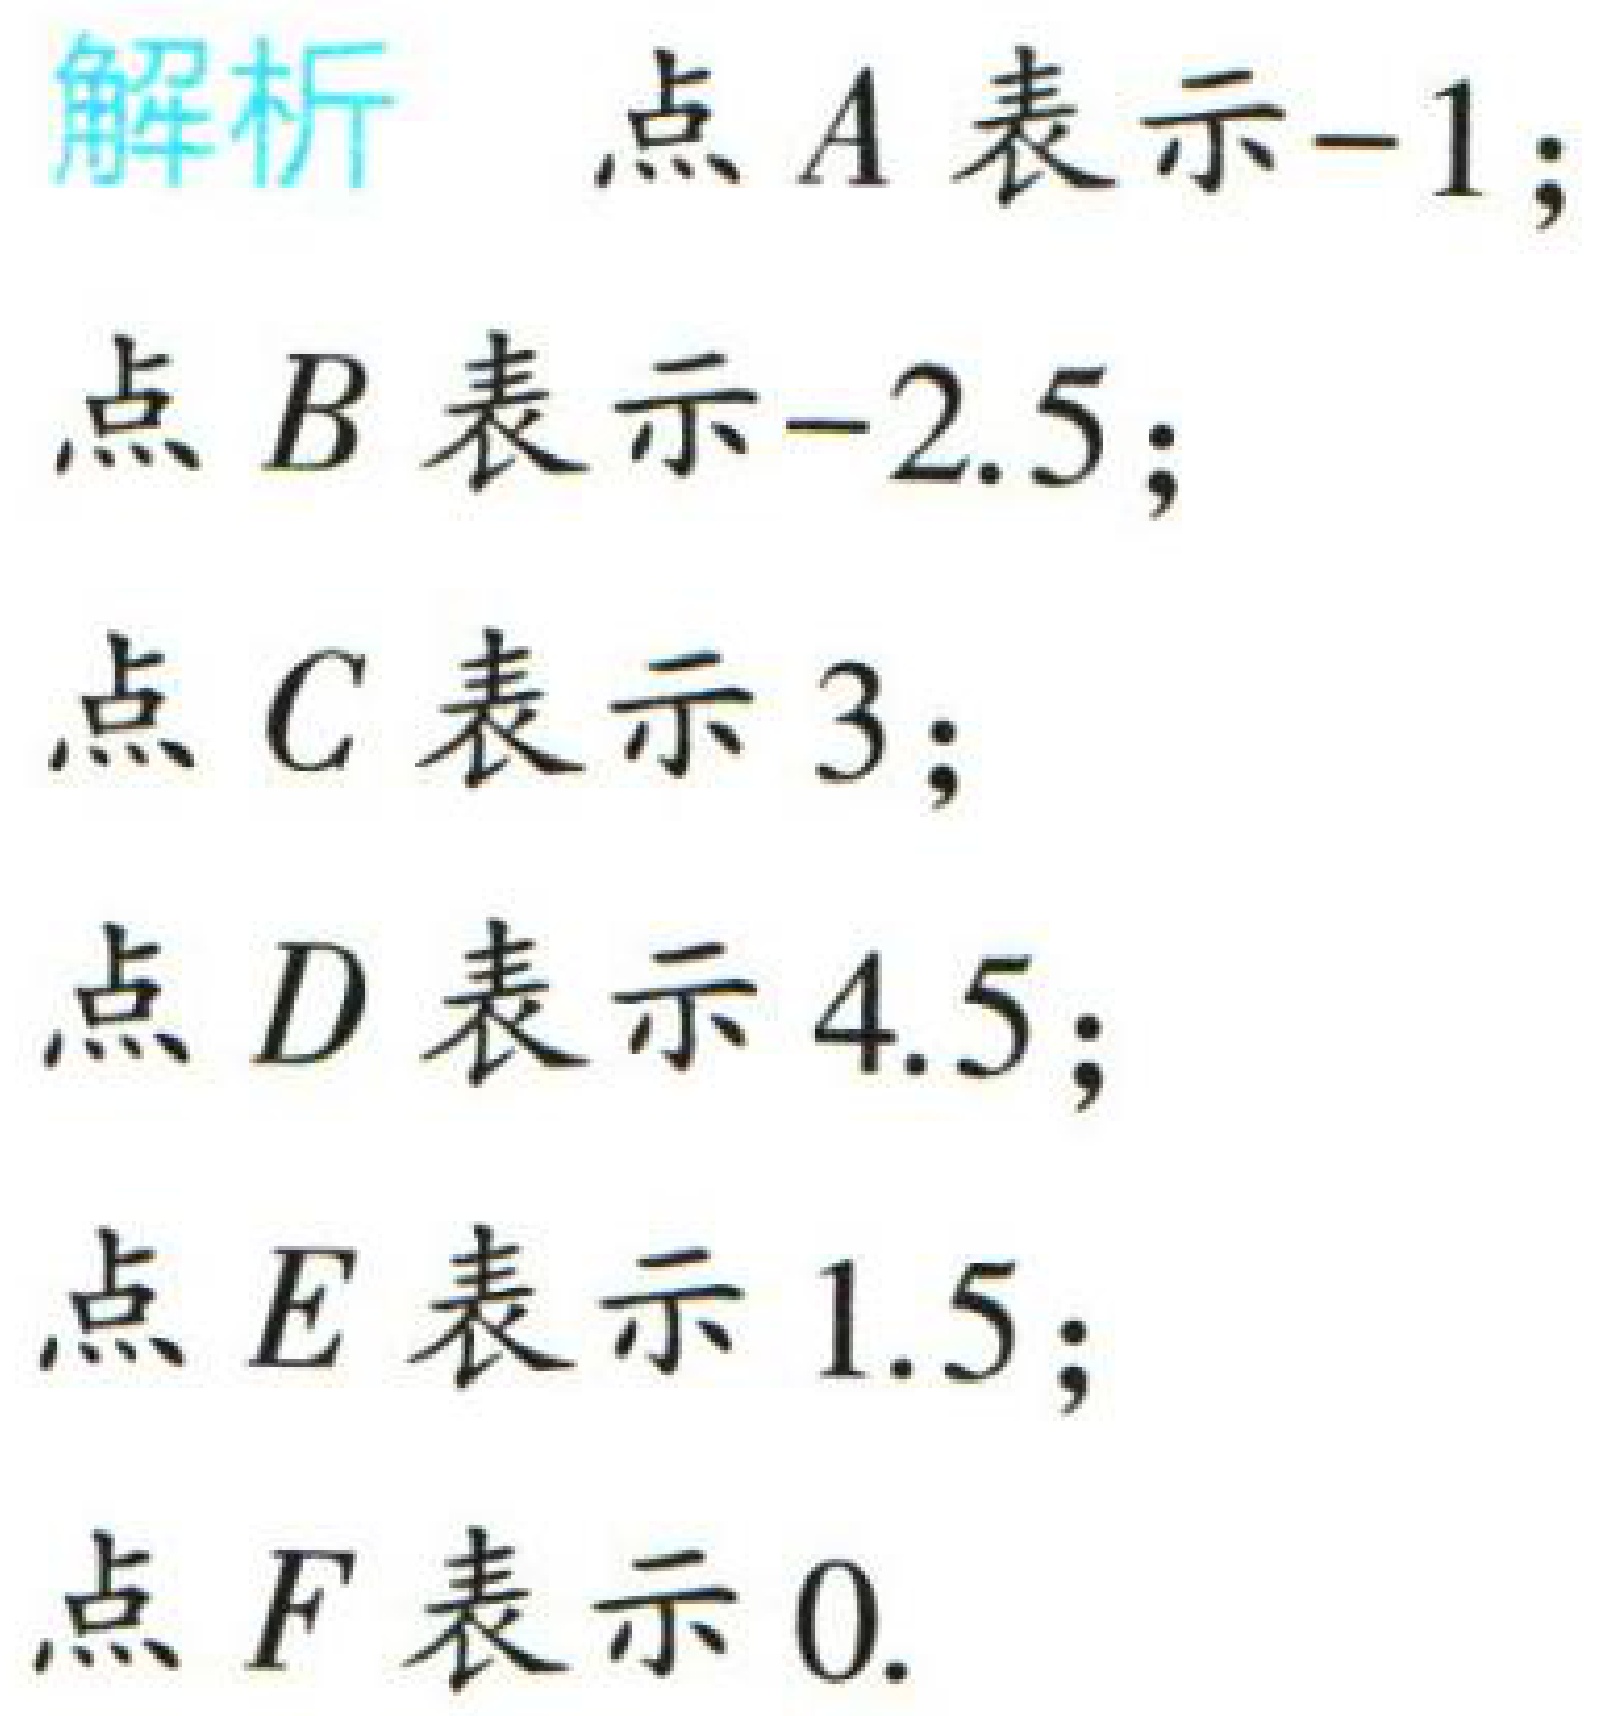
解析 点 \(A\) 表示\(-1\)；
点 \(B\) 表示\(-2.5\)；
点 \(C\) 表示 \(3\)；
点 \(D\) 表示 \(4.5\)；
点 \(E\) 表示 \(1.5\)；
点 \(F\) 表示 \(0\).